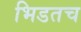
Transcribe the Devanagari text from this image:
भिडतच